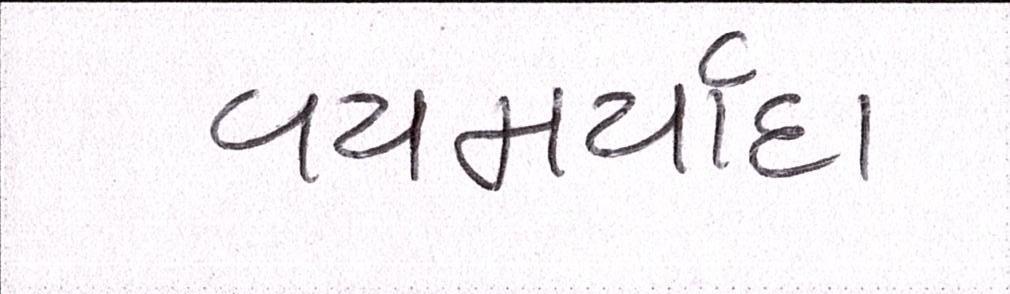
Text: વયમર્યાદા